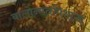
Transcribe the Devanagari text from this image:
बालोन्मतपिशाच्च